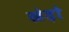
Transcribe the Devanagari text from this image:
खेड़ो